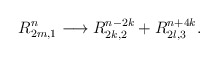
\begin{align*}R_{2m,1}^{n} \longrightarrow R_{2k,2}^{n-2k} + R_{2l,3}^{n+4k}.\end{align*}